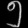
Digit: ၅